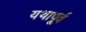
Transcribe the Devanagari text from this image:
यथापू्र्व